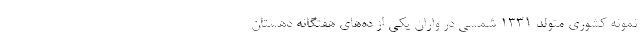
نمونه کشوری متولد ۱۳۳۱ شمسی در واران یکی از ده‌های هفتگانه دهستان